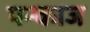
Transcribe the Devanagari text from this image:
पन्काज